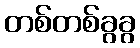
တစ်တစ်ခွခွ